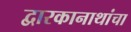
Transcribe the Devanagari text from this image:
द्वारकानाथांचा